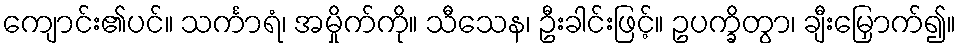
ကျောင်း၏ပင်။ သင်္ကာရံ၊ အမှိုက်ကို။ သီသေန၊ ဦးခါင်းဖြင့်။ ဥပက္ခိတွာ၊ ချီးမြှောက်၍။